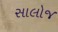
સાલોજ